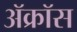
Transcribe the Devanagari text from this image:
ॲक्रॉस